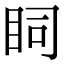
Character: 𥄶